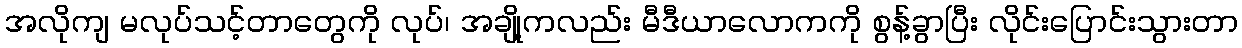
အလိုကျ မလုပ်သင့်တာတွေကို လုပ်၊ အချို့ကလည်း မီဒီယာလောကကို စွန့်ခွာပြီး လိုင်းပြောင်းသွားတာ